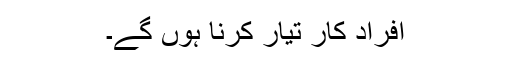
افرادِ کار تیار کرنا ہوں گے۔